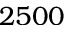
2 5 0 0